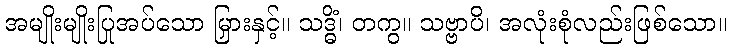
အမျိုးမျိုးပြုအပ်သော မြှားနှင့်။ သဒ္ဓိံ၊ တကွ။ သဗ္ဗာပိ၊ အလုံးစုံလည်းဖြစ်သော။